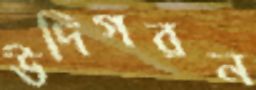
উদিগরন